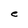
Character: e